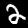
Label: 2